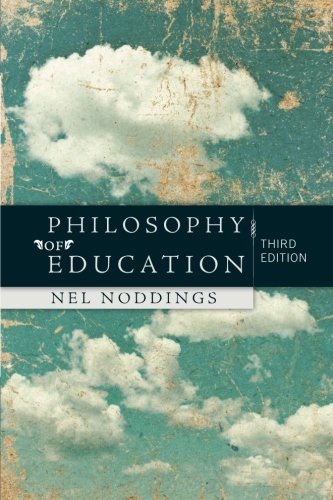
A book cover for Philosophy of Education; Nel Noddings; Politics & Social Sciences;